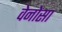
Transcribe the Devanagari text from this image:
वेनोसा